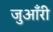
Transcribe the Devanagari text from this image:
जुआँरी